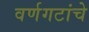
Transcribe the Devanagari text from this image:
वर्णगटांचे